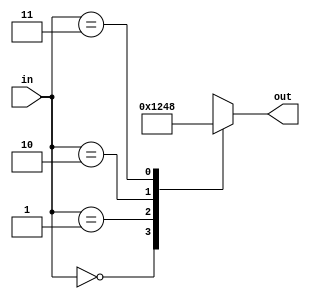
`timescale 1ns / 1ps
//////////////////////////////////////////////////////////////////////////////////
// Company: 		namani.vamshi krishna 9100110505
// 
// Design Name:    ROUTER
// Module Name:     
// Project Name: 
// Target Devices: 
// Tool versions: 
// Description: 
//
// Dependencies: 
//
// Revision: 
// Revision 0.01 - File Created
// Additional Comments: 
//
//////////////////////////////////////////////////////////////////////////////////

module SSA(in, out);

input [1:0] in;
output [3:0] out;

reg [3:0] out;

always @(in)
case (in)
	2'd0 : out = 4'd1;
	2'd1 : out = 4'd2;
	2'd2 : out = 4'd4;
	2'd3 : out = 4'd8;
	default : out = 4'd0;

endcase

endmodule